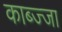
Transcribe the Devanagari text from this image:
काब्ज्जा